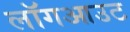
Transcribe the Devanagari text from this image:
लॉगआउट